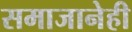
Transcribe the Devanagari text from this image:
समाजानेही